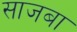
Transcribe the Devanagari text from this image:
साजबा